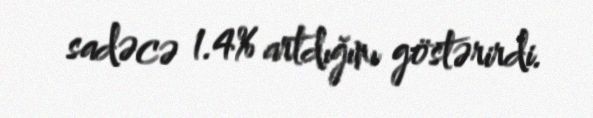
sadəcə 1.4% artdığını göstərirdi.